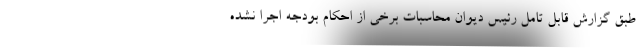
طبق گزارش قابل تامل رئیس دیوان محاسبات برخی از احکام بودجه اجرا نشده